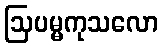
ဩပမ္မကုသလော